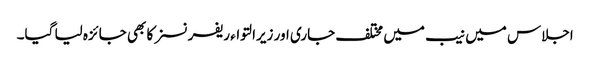
اجلاس میں نیب میں مختلف جاری اور زیرالتواء ریفرنسز کا بھی جائزہ لیا گیا۔